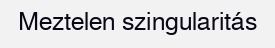
Meztelen szingularitás